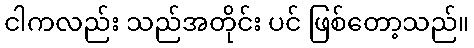
ငါကလည်း သည်အတိုင်း ပင် ဖြစ်တော့သည်။